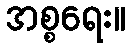
အစ္စရေး။